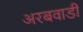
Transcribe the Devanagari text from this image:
अरबवाडी